Annual report of the Punjab Veterinary College and of the Civil Veterinary Department, Punjab - 1894-1908
Year: 1894
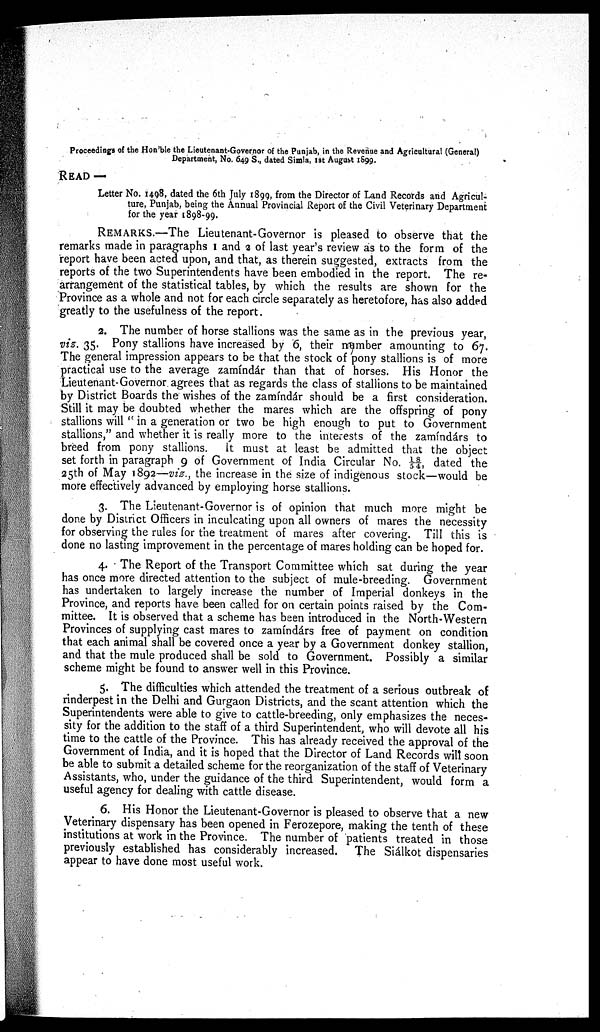
Proceedings of the Hon'ble the Lieutenant-Governor of the Punjab, in the Revenue and Agricultural (General)
Department, No. 649 S., dated Simla, 1st August 1899.
READ —
Letter No. 1498, dated the 6th July 1899, from the Director of Land Records and Agricul-
ture, Punjab, being the Annual Provincial Report of the Civil Veterinary Department
for the year 1898-99.
REMARKS.—The Lieutenant-Governor is pleased to observe that the
remarks made in paragraphs 1 and 2 of last year's review as to the form of the
report have been acted upon, and that, as therein suggested, extracts from the
reports of the two Superintendents have been embodied in the report. The re-
arrangement of the statistical tables, by which the results are shown for the
Province as a whole and not for each circle separately as heretofore, has also added
greatly to the usefulness of the report.
2. The number of horse stallions was the same as in the previous year,
viz. 35. Pony stallions have increased by 6, their member amounting to 67.
The general impression appears to be that the stock of pony stallions is of more
practical use to the average zamíndár than that of horses. His Honor the
Lieutenant-Governor agrees that as regards the class of stallions to be maintained
by District Boards the wishes of the zamíndár should be a first consideration.
Still it may be doubted whether the mares which are the offspring of pony
stallions will " in a generation or two be high enough to put to Government
stallions," and whether it is really more to the interests of the zamíndárs to
breed from pony stallions. It must at least be admitted that the object
set forth in paragraph 9 of Government of India Circular No. 18/54, dated the
25th of May 1892—viz., the increase in the size of indigenous stock—would be
more effectively advanced by employing horse stallions.
3. The Lieutenant-Governor is of opinion that much more might be
done by District Officers in inculcating upon all owners of mares the necessity
for observing the rules for the treatment of mares after covering. Till this is
done no lasting improvement in the percentage of mares holding can be hoped for.
4. The Report of the Transport Committee which sat during the year
has once more directed attention to the subject of mule-breeding. Government
has undertaken to largely increase the number of Imperial donkeys in the
Province, and reports have been called for on certain points raised by the Com-
mittee. It is observed that a scheme has been introduced in the North-Western
Provinces of supplying cast mares to zamíndárs free of payment on condition
that each animal shall be covered once a year by a Government donkey stallion,
and that the mule produced shall be sold to Government. Possibly a similar
scheme might be found to answer well in this Province.
5. The difficulties which attended the treatment of a serious outbreak of
rinderpest in the Delhi and Gurgaon Districts, and the scant attention which the
Superintendents were able to give to cattle-breeding, only emphasizes the neces-
sity for the addition to the staff of a third Superintendent, who will devote all his
time to the cattle of the Province. This has already received the approval of the
Government of India, and it is hoped that the Director of Land Records will soon
be able to submit a detailed scheme for the reorganization of the staff of Veterinary
Assistants, who, under the guidance of the third Superintendent, would form a
useful agency for dealing with cattle disease.
6. His Honor the Lieutenant-Governor is pleased to observe that a new
Veterinary dispensary has been opened in Ferozepore, making the tenth of these
institutions at work in the Province. The number of patients treated in those
previously established has considerably increased. The Siálkot dispensaries
appear to have done most useful work.